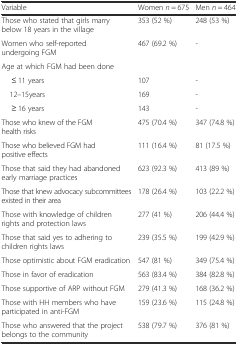
<table><thead><tr><td><b>Variable</b></td><td><b>Women <i>n</i> = 675</b></td><td><b>Men <i>n</i> = 464</b></td></tr></thead><tbody><tr><td>Those who stated that girls marry below 18 years in the village</td><td>353 (52 %)</td><td>248 (53 %)</td></tr><tr><td>Women who self-reported undergoing FGM</td><td>467 (69.2 %)</td><td>-</td></tr><tr><td>Age at which FGM had been done</td><td></td><td></td></tr><tr><td>≤ 11 years</td><td>107</td><td>-</td></tr><tr><td> 12–15years</td><td>169</td><td>-</td></tr><tr><td>≥ 16 years</td><td>143</td><td>-</td></tr><tr><td>Those who knew of the FGM health risks</td><td>475 (70.4 %)</td><td>347 (74.8 %)</td></tr><tr><td>Those who believed FGM had positive effects</td><td>111 (16.4 %)</td><td>81 (17.5 %)</td></tr><tr><td>Those that said they had abandoned early marriage practices</td><td>623 (92.3 %)</td><td>413 (89 %)</td></tr><tr><td>Those that knew advocacy subcommittees existed in their area</td><td>178 (26.4 %)</td><td>103 (22.2 %)</td></tr><tr><td>Those with knowledge of children rights and protection laws</td><td>277 (41 %)</td><td>206 (44.4 %)</td></tr><tr><td>Those that said yes to adhering to children rights laws</td><td>239 (35.5 %)</td><td>199 (42.9 %)</td></tr><tr><td>Those optimistic about FGM eradication</td><td>547 (81 %)</td><td>349 (75.4 %)</td></tr><tr><td>Those in favor of eradication</td><td>563 (83.4 %)</td><td>384 (82.8 %)</td></tr><tr><td>Those supportive of ARP without FGM</td><td>279 (41.3 %)</td><td>168 (36.2 %)</td></tr><tr><td>Those with HH members who have participated in anti-FGM</td><td>159 (23.6 %)</td><td>115 (24.8 %)</td></tr><tr><td>Those who answered that the project belongs to the community</td><td>538 (79.7 %)</td><td>376 (81 %)</td></tr></tbody></table>